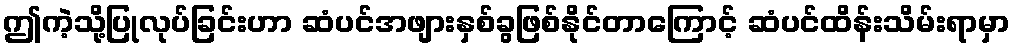
ဤကဲ့သို့ပြုလုပ်ခြင်းဟာ ဆံပင်အဖျားနှစ်ခွဖြစ်နိုင်တာကြောင့် ဆံပင်ထိန်းသိမ်းရာမှာ